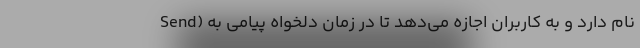
Send) نام دارد و به کاربران اجازه می‌دهد تا در زمان دلخواه پیامی به